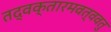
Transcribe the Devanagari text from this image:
तद्वक्तारमवत्ववतु